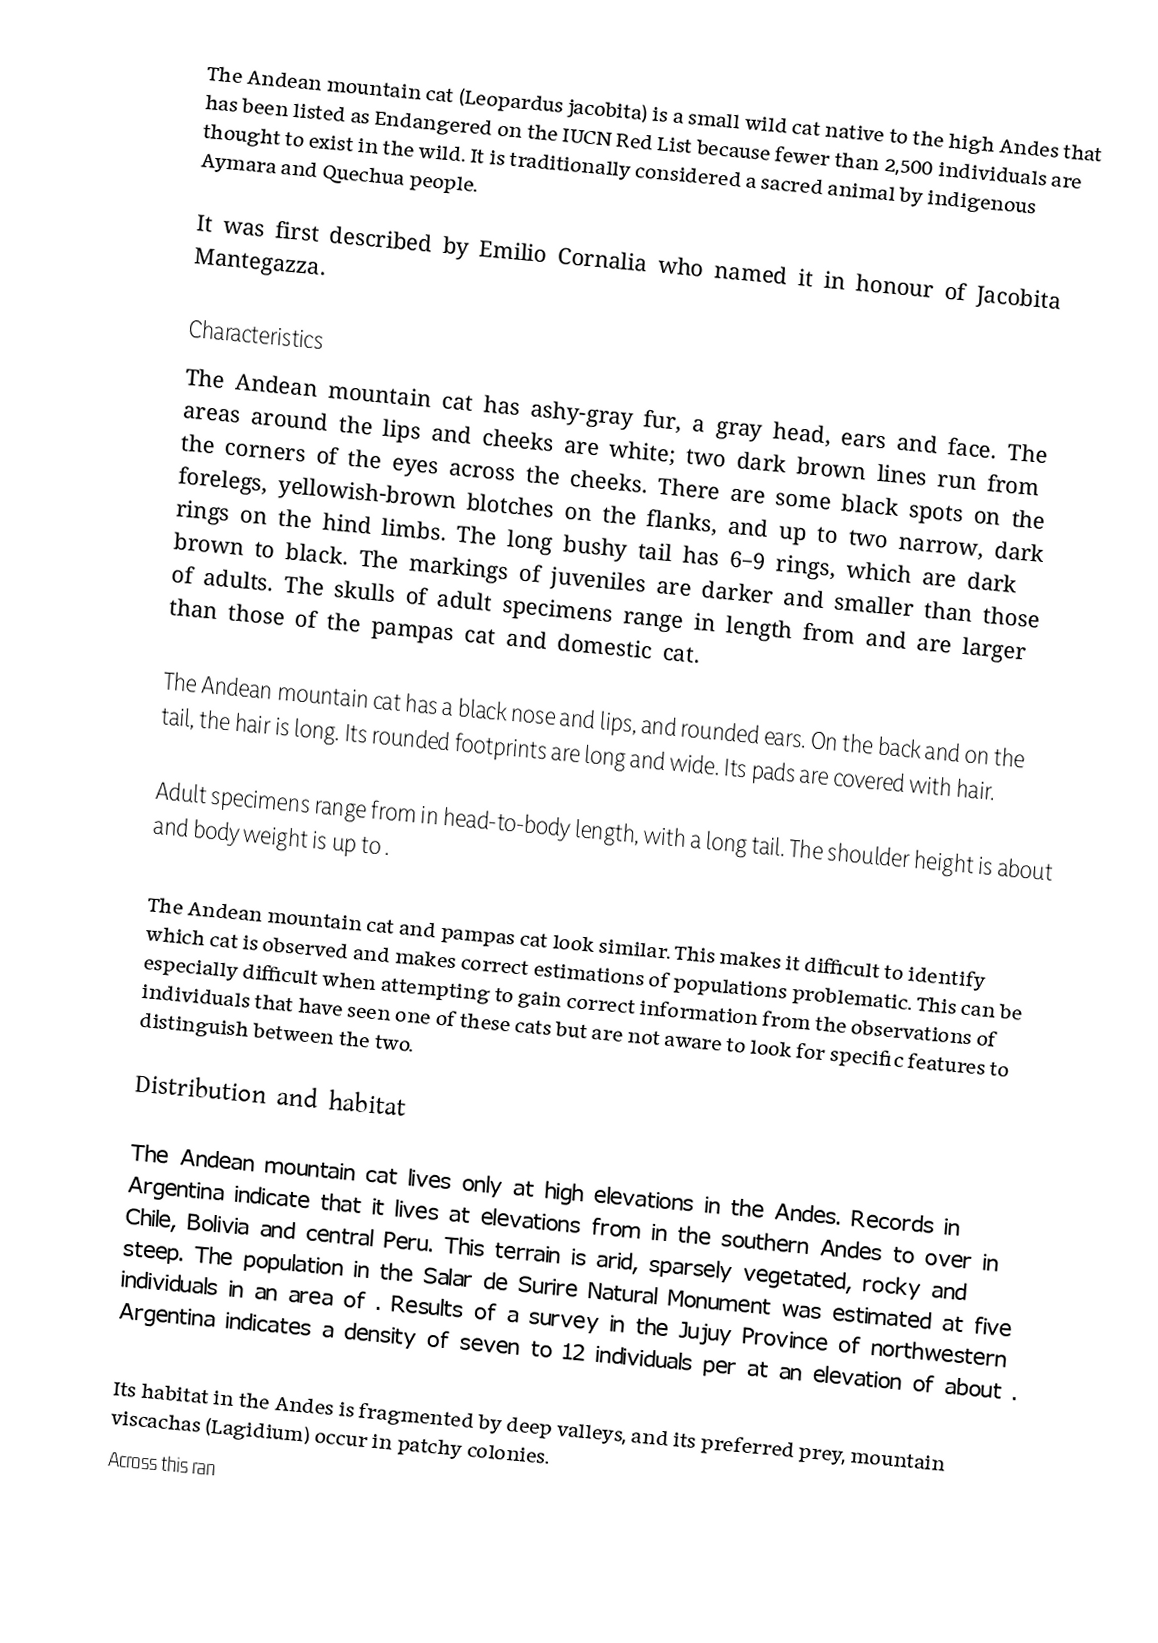
The Andean mountain cat (Leopardus jacobita) is a small wild cat native to the high Andes that has been listed as Endangered on the IUCN Red List because fewer than 2,500 individuals are thought to exist in the wild. It is traditionally considered a sacred animal by indigenous Aymara and Quechua people.

It was first described by Emilio Cornalia who named it in honour of Jacobita Mantegazza.

Characteristics
The Andean mountain cat has ashy-gray fur, a gray head, ears and face. The areas around the lips and cheeks are white; two dark brown lines run from the corners of the eyes across the cheeks. There are some black spots on the forelegs, yellowish-brown blotches on the flanks, and up to two narrow, dark rings on the hind limbs. The long bushy tail has 6–9 rings, which are dark brown to black. The markings of juveniles are darker and smaller than those of adults. The skulls of adult specimens range in length from  and are larger than those of the pampas cat and domestic cat.

The Andean mountain cat has a black nose and lips, and rounded ears. On the back and on the tail, the hair is  long. Its rounded footprints are  long and  wide. Its pads are covered with hair.

Adult specimens range from  in head-to-body length, with a  long tail. The shoulder height is about  and body weight is up to .

The Andean mountain cat and pampas cat look similar. This makes it difficult to identify which cat is observed and makes correct estimations of populations problematic. This can be especially difficult when attempting to gain correct information from the observations of individuals that have seen one of these cats but are not aware to look for specific features to distinguish between the two.

Distribution and habitat

The Andean mountain cat lives only at high elevations in the Andes. Records in Argentina indicate that it lives at elevations from  in the southern Andes to over  in Chile, Bolivia and central Peru. This terrain is arid, sparsely vegetated, rocky and steep. The population in the Salar de Surire Natural Monument was estimated at five individuals in an area of . Results of a survey in the Jujuy Province of northwestern Argentina indicates a density of seven to 12 individuals per  at an elevation of about .

Its habitat in the Andes is fragmented by deep valleys, and its preferred prey, mountain viscachas (Lagidium) occur in patchy colonies.
Across this ran